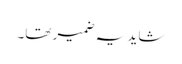
شاید یہ ضمیر تھا۔